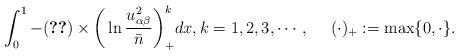
LaTeX: \begin{align*}\int_0^1-\eqref{111.1a}\times\bigg(\ln\frac{u_{\alpha\beta}^2}{\bar{n}}\bigg)_+^kdx,k=1,2,3,\cdots,\quad\ (\cdot)_+:=\max\{0,\cdot\}.\end{align*}